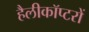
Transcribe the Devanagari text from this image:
हैलीकॉप्टरों